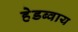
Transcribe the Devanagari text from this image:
हेडब्वाय